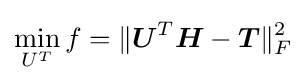
\min _{U^{T}}f=\|{\boldsymbol {U}}^{T}{\boldsymbol {H}}-{\boldsymbol {T}}\|_{F}^{2}